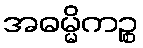
အဓမ္မိကဉ္စ